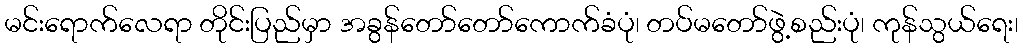
မင်းရောက်လေရာ တိုင်းပြည်မှာ အခွန်တော်တော်ကောက်ခံပုံ၊ တပ်မတော်ဖွဲ့စည်းပုံ၊ ကုန်သွယ်ရေး၊